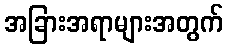
အခြားအရာများအတွက်